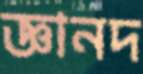
জ্ঞানদ